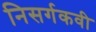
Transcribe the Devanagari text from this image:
निसर्गकवी